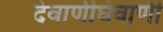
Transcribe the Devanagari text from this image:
देवाणीघेवाणी